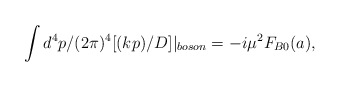
\begin{align*}\int d^{4}p/(2\pi)^{4}[(kp)/D]|_{boson}=-i\mu^{2}F_{B0}(a),\end{align*}